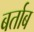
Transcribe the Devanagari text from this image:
बर्ताब